Report on the cultivation and use of ganja
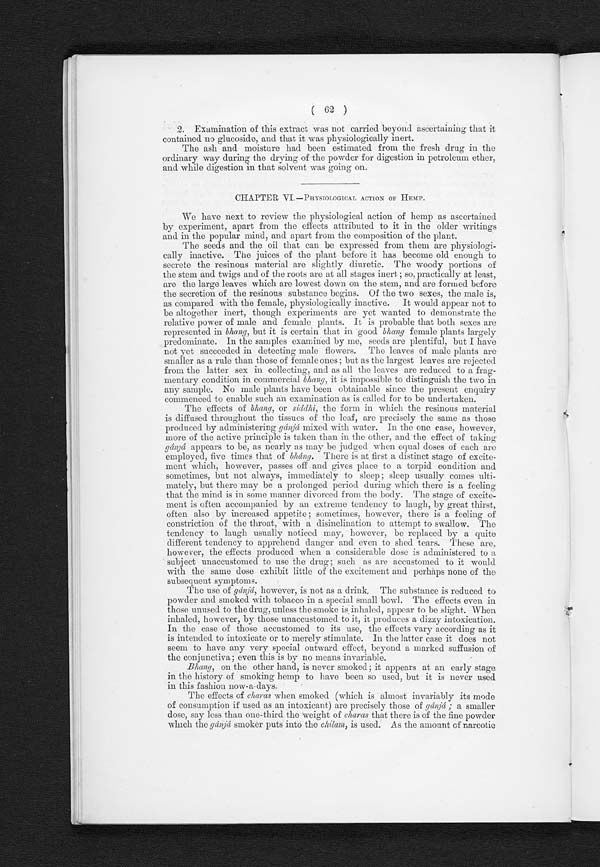
( 62 )
2. Examination of this extract was not carried beyond ascertaining that it
contained no glucoside, and that it was physiologically inert.
The ash and moisture had been estimated from the fresh drug in the
ordinary way during the drying of the powder for digestion in petroleum ether,
and while digestion in that solvent was going on.
CHAPTER VI.-PHYSIOLOGICAL ACTION OF HEMP.
We have next to review the physiological action of hemp as ascertained
by experiment, apart from the effects attributed to it in the older writings
and in the popular mind, and apart from the composition of the plant.
The seeds and the oil that can be expressed from them are physiologi-
cally inactive. The juices of the plant before it has become old enough to
secrete the resinous material are slightly diuretic. The woody portions of
the stem and twigs and of the roots are at all stages inert ; so, practically at least,
are the large leaves which are lowest down on the stem, and are formed before
the secretion of the resinou
s s u b s t a n c e b e g i n s . O f t h e t w o s e x e s , t h e m a l e i s , a s c o m p a r e d w i t h t h e f e m a l e , p h y s i o l o g i c a l l y i n a c t i v e . I t w o u l d a p p e a r n o t t o
be altogether inert, though experiments are yet wanted to demonstrate the
relative power of male and female plants. It is probable that both sexes are
represented in bhang, but it is certain that in good bhang female plants largely
predominate. In the samples examined by me, seeds are plentiful, but I have
not yet succeeded in detecting male flowers. The leaves of male plants are
smaller as a rule than those of female ones ; but as the largest leaves are rejected
from the latter sex in collecting, and as all the leaves arc reduced to a frag-
mentary condition in commercial bhang, it is impossible to distinguish the two in
any sample. No male plants have been obtainable since the present enquiry
commenced to enable such an examination as is called for to be undertaken.
The effects of bhang, or siddhi, the form in which the resinous material
is diffused throughout the tissues of the leaf, are precisely the same as those
produced by administering gánjá mixed with water. In the one case, however,
more of the active principle is taken than in the other, and the effect of taking
gánjá appears to be, as nearly as may be judged when equal doses of each are
employed, five times that of bháng. There is at first a distinct stage of excite-
ment which, however, passes off and gives place to a torpid condition and
sometimes, but not always, immediately to sleep; sleep usually comes ulti-
mately, but there may be a prolonged period during which there is a feeling
that the mind is in some manner divorced from the body. The stage of excite-
ment is often accompanied by an extreme tendency to laugh, by great thirst,
often also by increased appetite ; sometimes, however, there is a feeling of
constriction of the throat, with a disinclination to attempt to swallow. The
tendency to laugh usually noticed may, however, be replaced by a quite
different tendency to apprehend danger and even to shed tears. These are,
however, the effects produced when a considerable dose is administered to a
subject unaccustomed to use the drug; such as are accustomed to it would
with the same dose exhibit little of the excitement and perhaps none of the
subsequent symptoms.
The use of gánjá, however, is not as a drink. The substance is reduced to
powder and smoked with tobacco in a special small bowl. The effects even in
those unused to the drug, unless the smoke is inhaled, appear to be slight. When
inhaled, however, by those unaccustomed to it, it produces a dizzy intoxication.
In the case of those accustomed to its use, the effects vary according as it
is intended to intoxicate or to merely stimulate. In the latter case it does not
seem to have any very special outward effect, beyond a marked suffusion of
the conjunctiva; even this is by no means invariable.
Bhang, on the other hand, is never smoked; it appears at an early stage
in the history of smoking hemp to have been so used, but it is never used
in this fashion now-a-days.
The effects of charas when smoked (which is almost invariably its mode
of consumption if used as an intoxicant) are precisely those of gánjá ; a smaller
d o s e , s a y l e s s t h a n o n e - t h i r d t h e w e i g h t o fc
h a r a s
t h a t t h e r e i s o f t h e f i n e p o w d e r
which the gánjá smoker puts into the chilam, is used. As the amount of narcotic